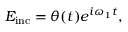
E _ { \mathrm { i n c } } = \theta ( t ) e ^ { i \omega _ { 1 } t } ,